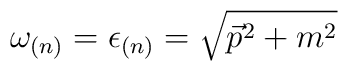
\omega_{(n)}= \epsilon_{(n)}=\sqrt{\vec{p}^2+m^2}